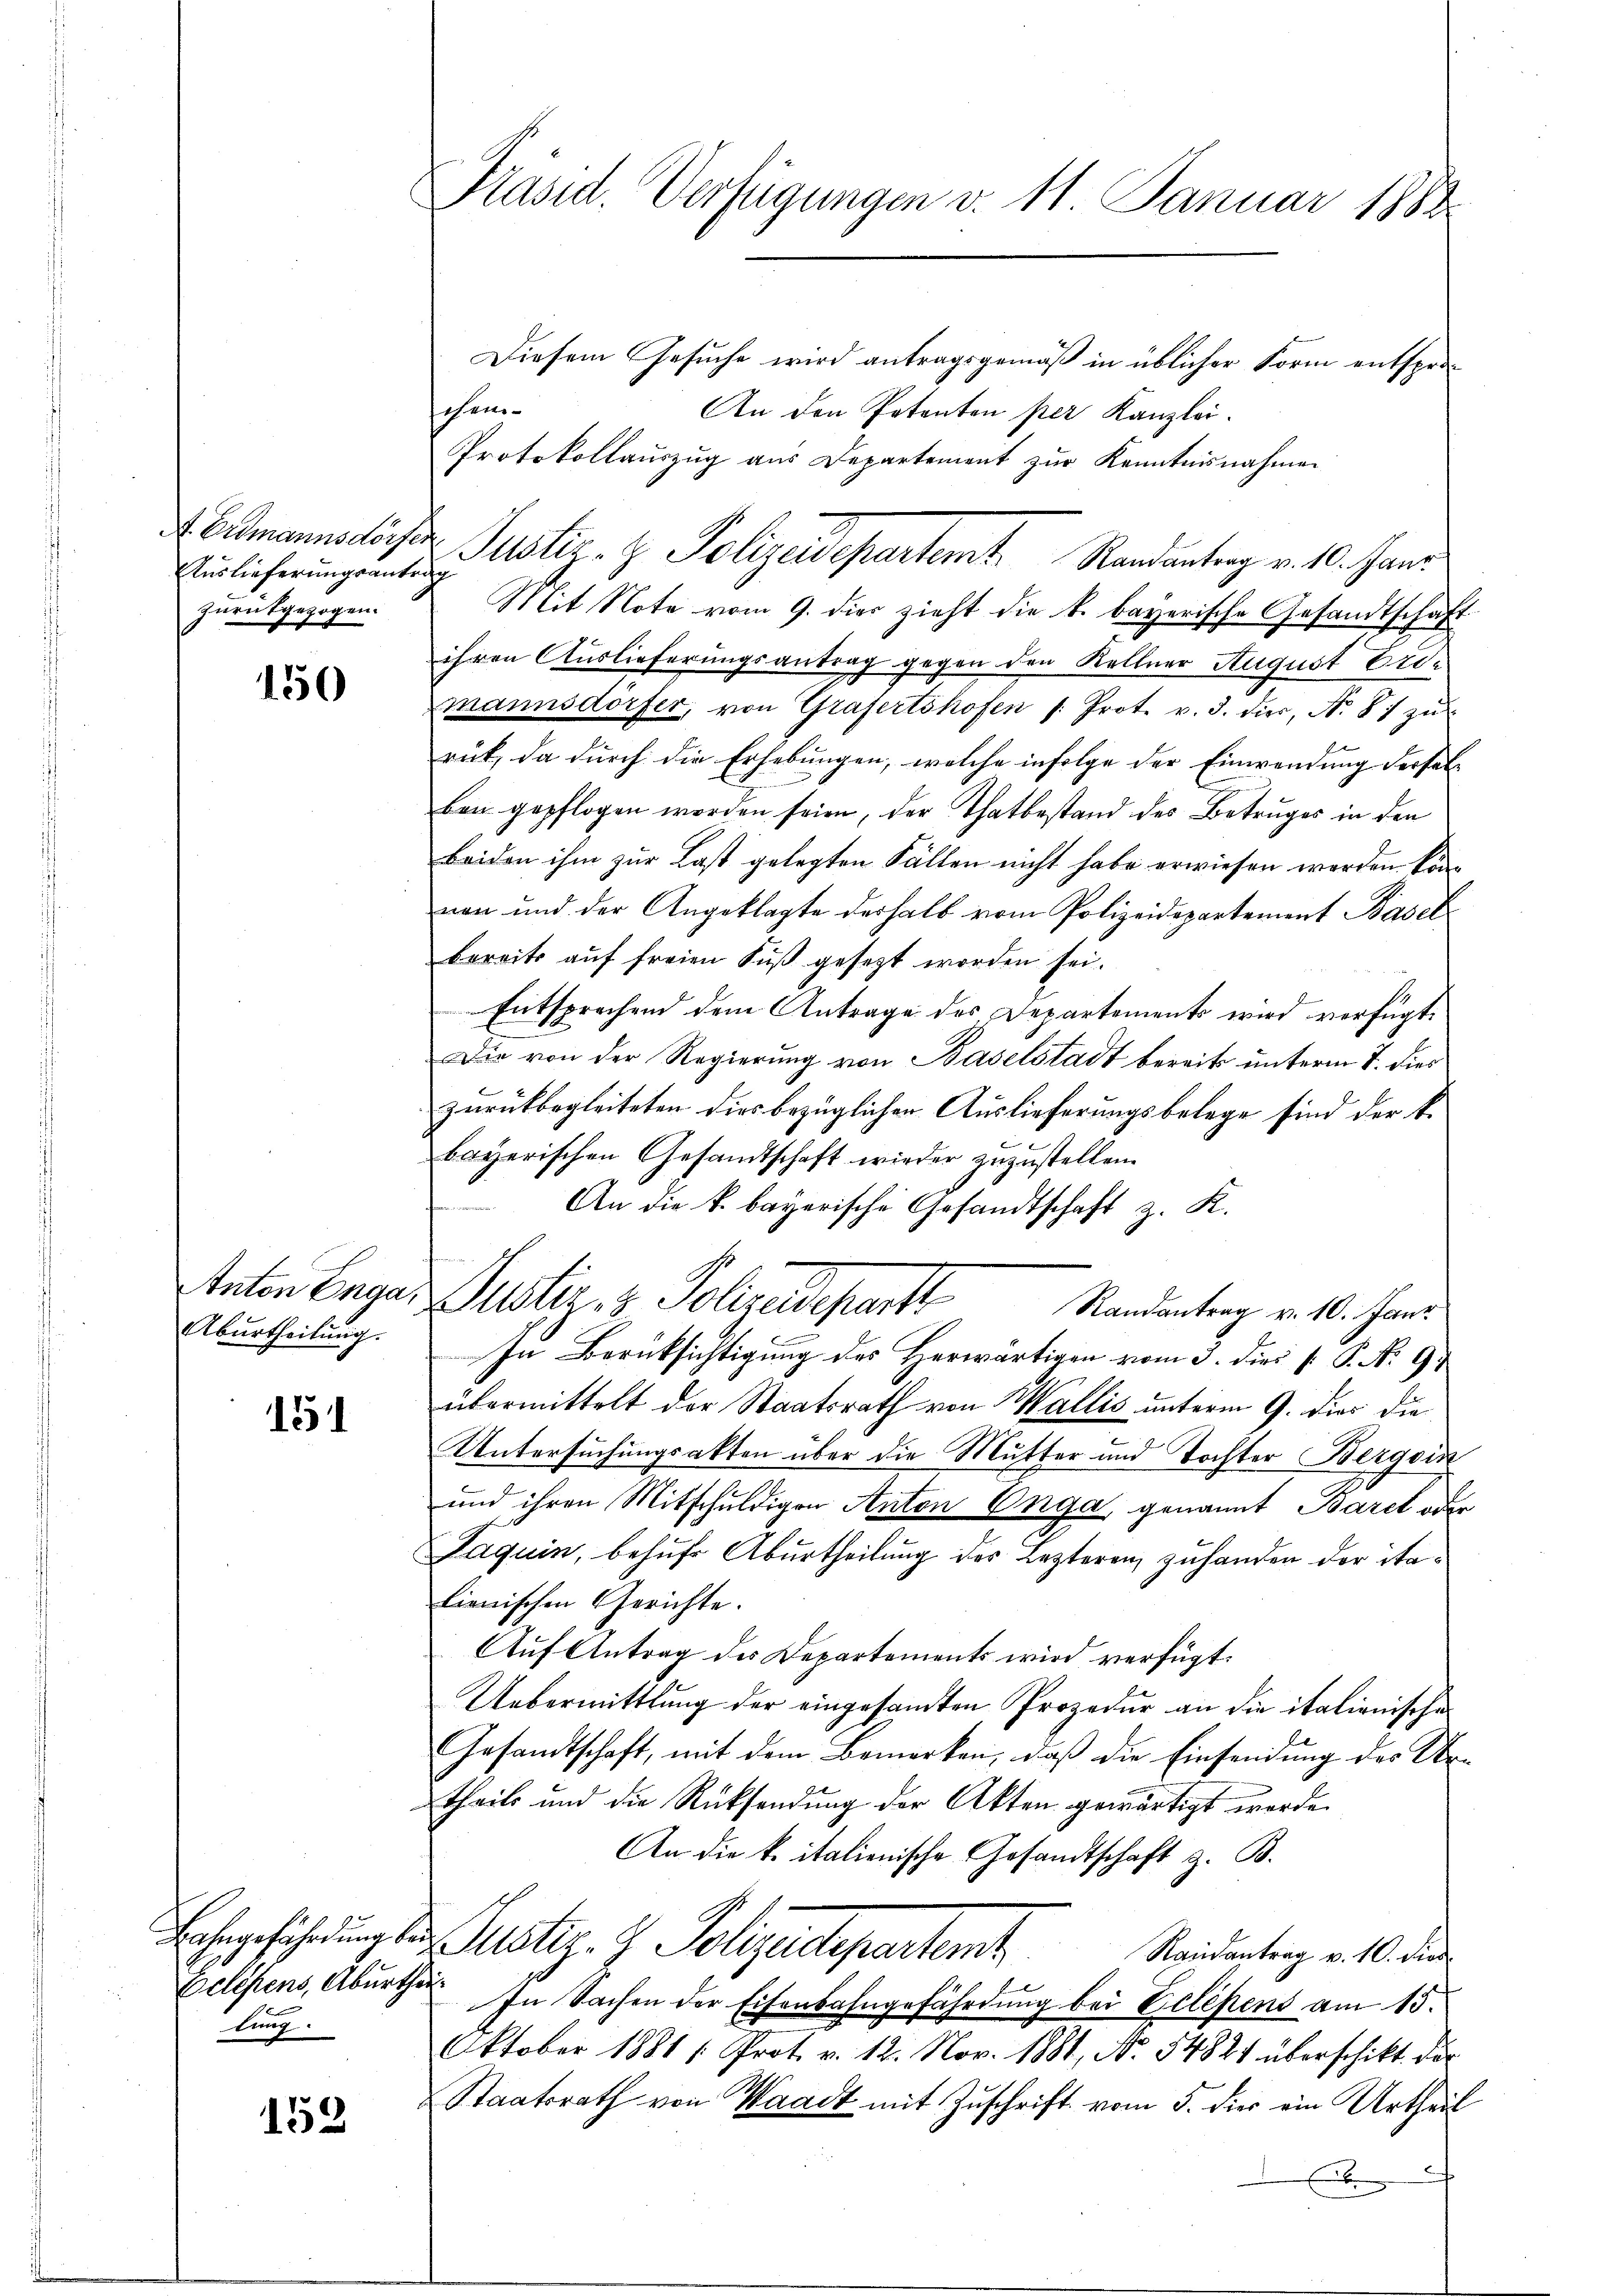
Auslieferungsantrag
zurückgezogen.

150

Aburtheilung.

151

E
lung.

152

Präsid. Verfügungen v. 11 Januar 1888.
Diesem Gesuche wird antragsgemäß in üblicher Form entsprosch ein¬
An den Petenten per Kanzlei-

Protokollaŭszŭg aŭs Departement zŭr Kenntnisnahmen
Mit Note vom 9. dies zieht die k. bayerische Gesandtschaft
ihren Auslieferungsantrag gegen den Kellner August Eimannsdörfer, von Grafertshofen /: Prot. v. 3. dies, N. 87 zu
ruk, da durch die Erhebungen, welche infolge der Einwendung dersel-
ben gepflogen worden seien, der Thatbestand des Betruges in den
beiden ihm zur Last gelegten Fällen nicht habe erwiesen werden können und der Angeklagte deshalb vom Polizeidepartement Basel
bereits auf freien Fuß gesezt worden sei.
Entsprechend dem Antrage des Departements wird verfügt:
Die von der Regierung von Baselstadt bereits unterm 7. dies
zurückbegleiteten dies bezüglichen Auslieferungsbelege sind der k.
bayerischen Gesandtschaft wieder zuzustellen.
An die k. bayerische Gesandtschaft z. K.
Anton Enger Justiz- & Polizeidepart Randentrag v. 10. Janr
In Berüksichtigung des Herwärtigen vom 3. dies [ P. No 97
übermittelt der Staatsrath von Wallis unterm 9. dies die
Untersuchungsakten über die Mutter und Tochter Bergein
und ihren Mitschuldigen Anton Enga, genannt Baret oder
Jaquin, behufs Aburtheilung der Lezteren zuhanden der italienischen Gerichte.
Auf Antrag des Departements wird verfügt:
Uebermittlung der eingesamten Prozedur an die italienische
Gesandtschaft, mit dem Bemerken, daß die Einsendŭng des Ur-
theils und die Rücksendung der Akten gewärtigt werde.
An die k. italienische Gesandtschaft z. B.
Ehrgeführung des ustiz- & Polizeidepartemt
Randantrag v. 10. dies
Celesens, Aburger In Sachen der Eisenbahngefährdung bei Eclipens am 15.
Oktober 1881 /: Prot. v. 12. Nov. 1881, No. 54821 überschikt der
Staatsrath von Waadt mit Zuschrift vom 5. die ein Urtheil
.

Bamannsdorfer Justiz- & Polizeidepartemt Randantrag v. 10. Janz